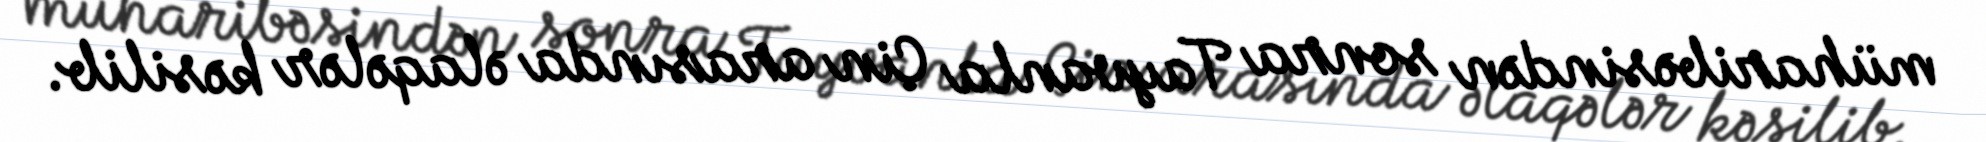
müharibəsindən sonra Tayvanla Çin arasında əlaqələr kəsilib.